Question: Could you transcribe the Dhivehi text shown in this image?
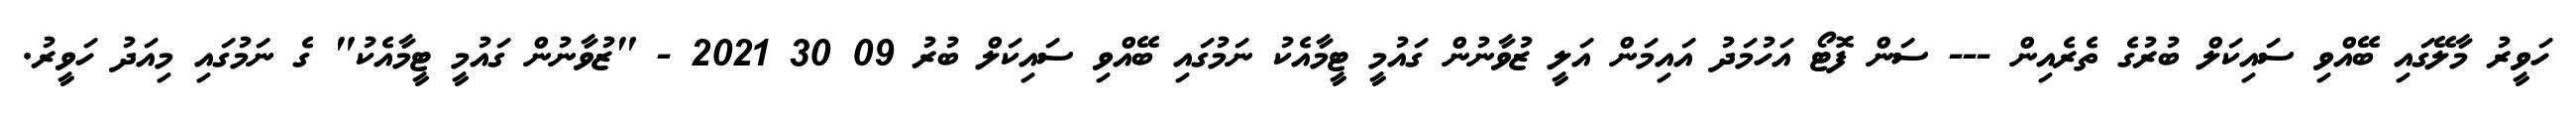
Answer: ހަވީރު މާލޭގައި ބޭއްވި ސައިކަލް ބުރުގެ ތެރެއިން --- ސަން ފޮޓޯ އަހުމަދު އައިމަން އަލީ ޒުވާނުން ގައުމީ ޓީމާއެކު ނަމުގައި ބޭއްވި ސައިކަލް ބުރު 09 30 2021 - "ޒުވާނުން ގައުމީ ޓީމާއެކު" ގެ ނަމުގައި މިއަދު ހަވީރު.